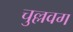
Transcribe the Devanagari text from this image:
चुल्लवग